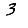
Digit: 3